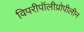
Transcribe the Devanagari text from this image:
विपरीपॉलीप्रोपीलीन